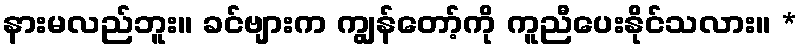
နားမလည်ဘူး။ ခင်ဗျားက ကျွန်တော့်ကို ကူညီပေးနိုင်သလား။ *